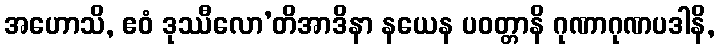
အဟောသိ, ဧဝံ ဒုဿီလော’တိအာဒိနာ နယေန ပဝတ္တာနိ ဂုဏာဂုဏပဒါနိ,